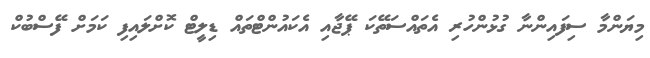
މިޔަންމާ ސިފައިންނާ ގުޅުންހުރި އެތައްސަތޭކަ ޕޭޖާއި އެކައުންޓްތައް ޑިލީޓް ކޮށްލައިފި ކަމަށް ފޭސްބުކް